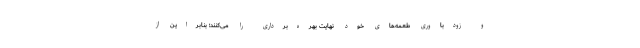
و زودباوری طعمه‌های خود نهایت بهره‌برداری را می‌کنند؛ بنابراین از